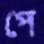
পে